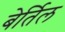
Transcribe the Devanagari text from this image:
बेर्तिल